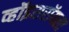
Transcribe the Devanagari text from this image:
व्हॉइसरॉयला